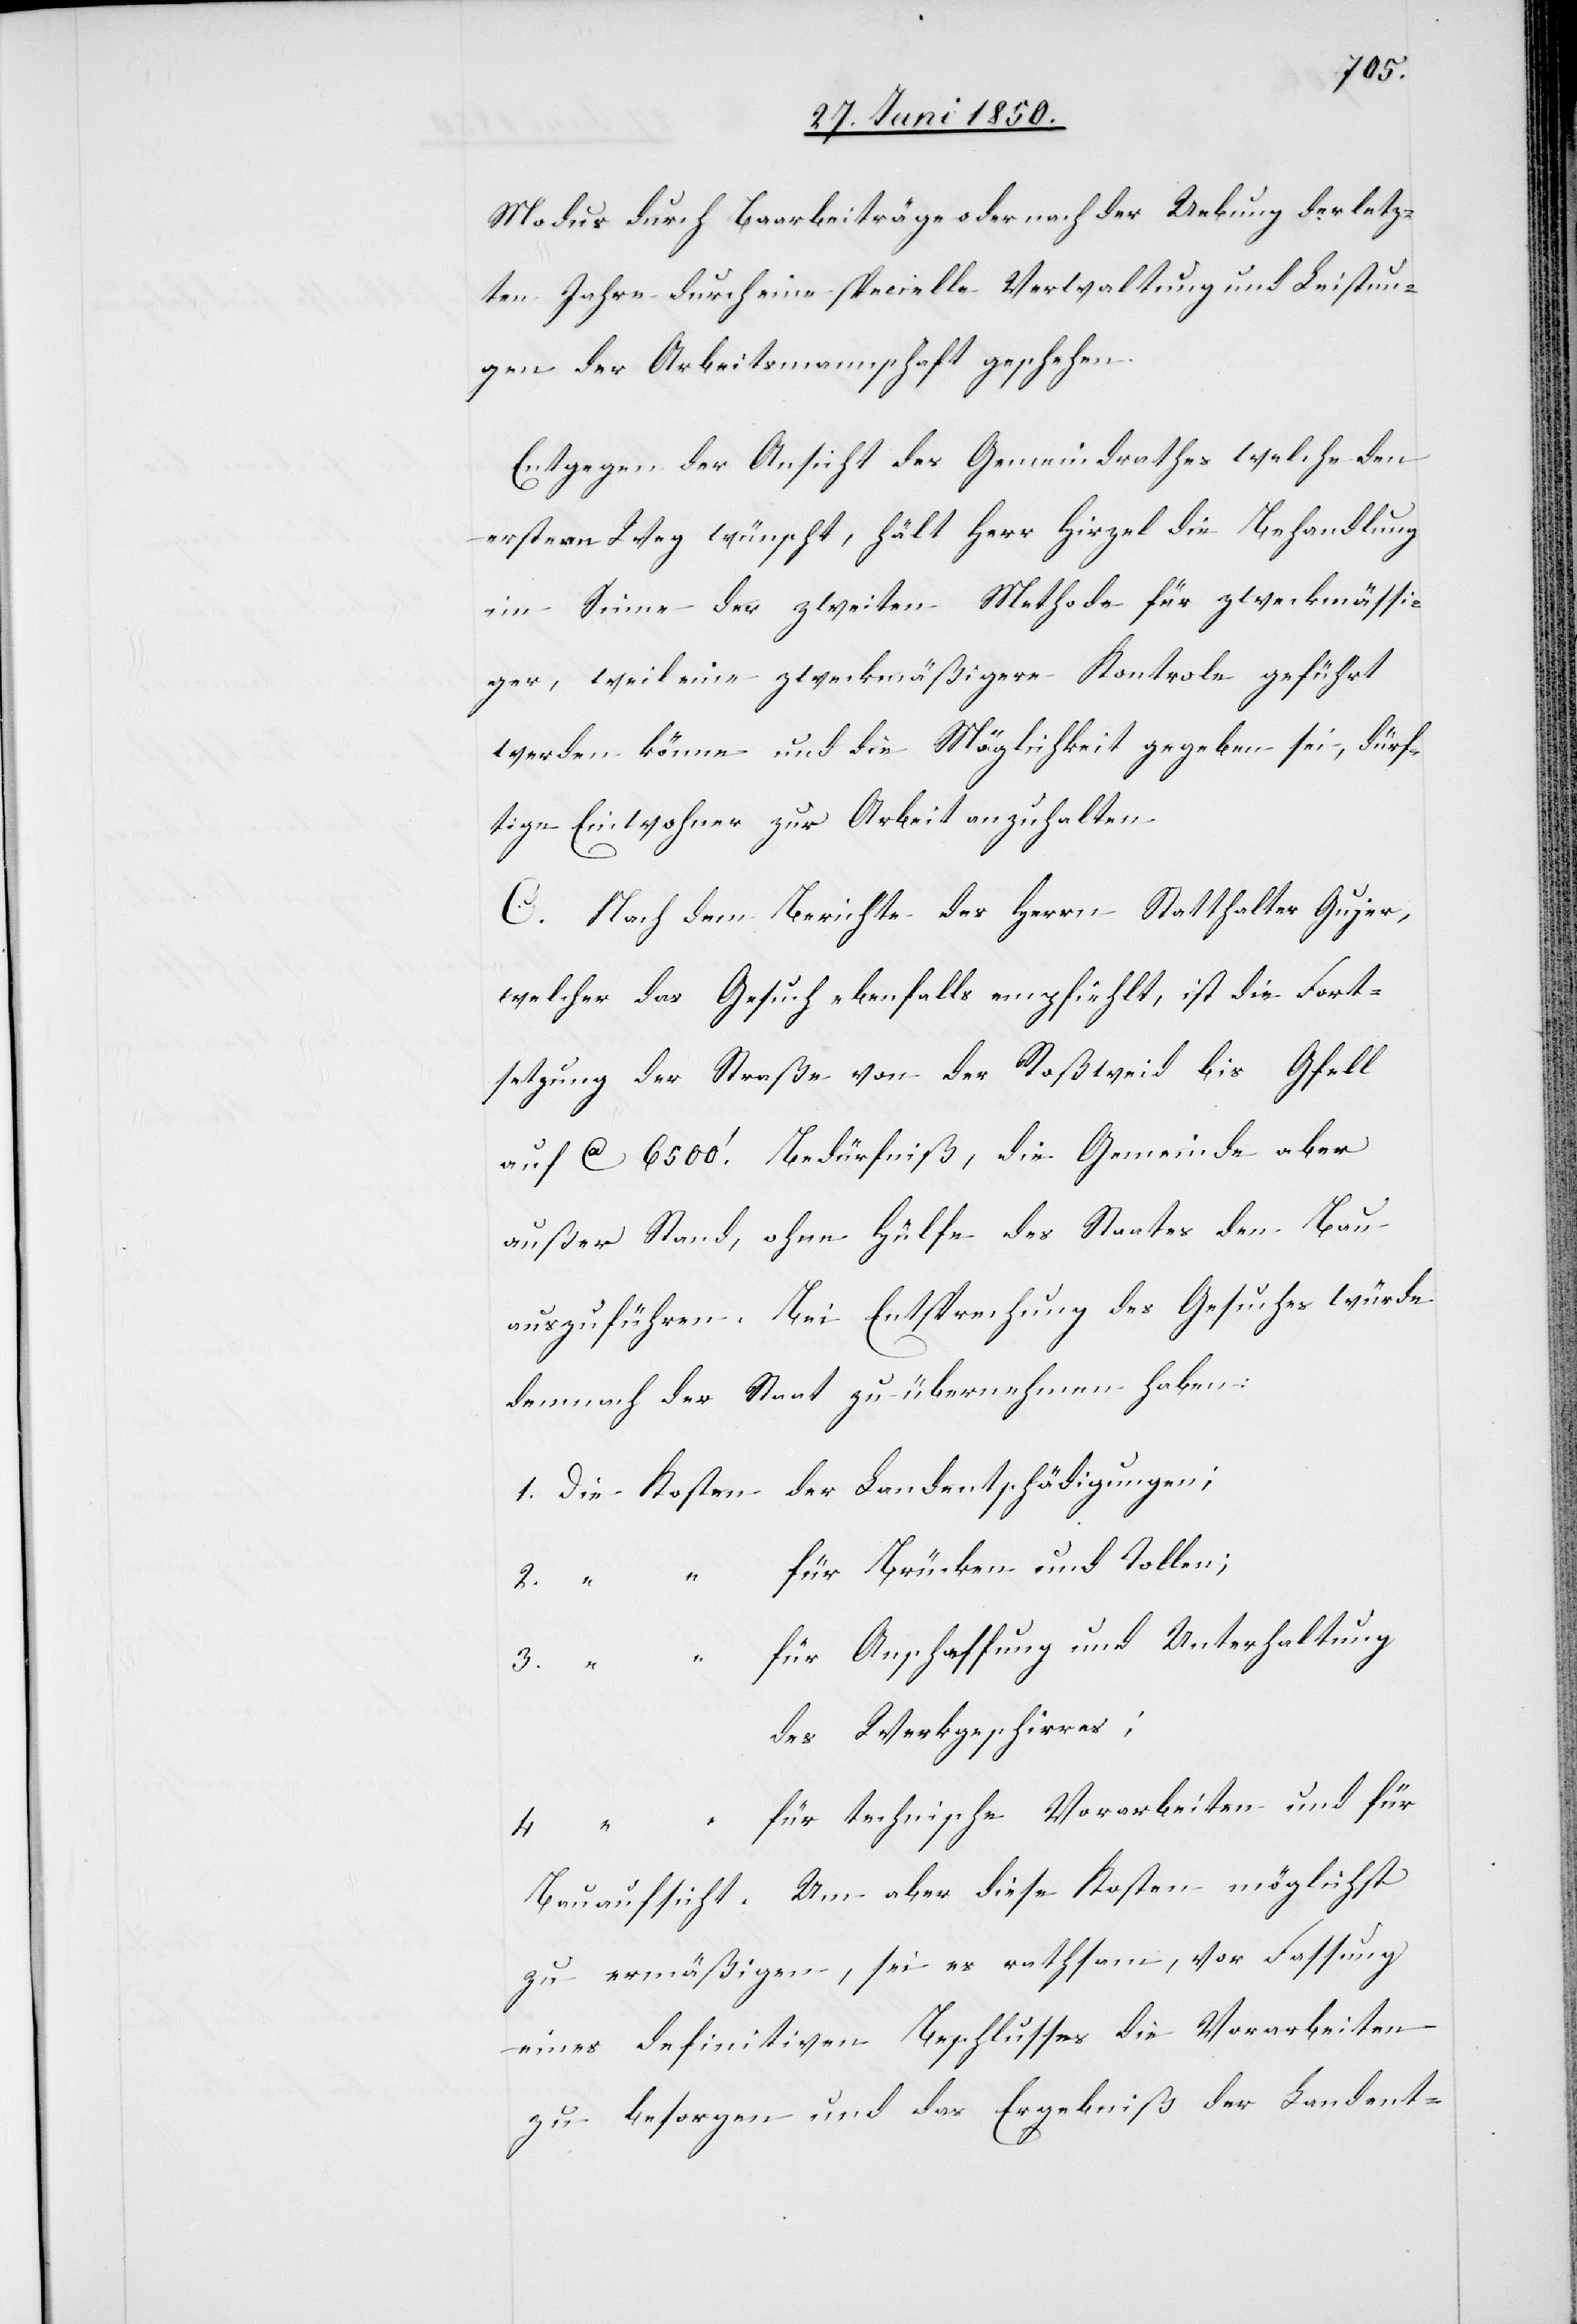
Modus durch Baarbeiträge oder nach der Uebung der letz¬
ten Jahre durch eine specielle Verwaltung und Leistun¬
gen der Arbeitsmannschaft geschehen.
Entgegen der Ansicht des Gemeindrathes welche den
erstern Weg wünscht, hält Herr Hirzel die Behandlung
im Sinne der zweiten Methode für zweckmässi¬
ger, weil eine zweckmäßigere Kontrole geführt
werden könne und die Möglichkeit gegeben sei, dürf¬
tige Einwohner zur Arbeit anzuhalten.
C. Nach dem Berichte des Herrn Statthalter Gujer,
welcher das Gesuch ebenfalls empfiehlt, ist die Fort¬
setzung der Straße von der Roßweid bis Gfell
auf Ca 6500‘. Bedürfniß, die Gemeinde aber
außer Stand, ohne Hülfe des Staates den Bau
auszuführen. Bei Entsprechung des Gesuches würde
demnach der Staat zu übernehmen haben:
1. Die Kosten der Landentschädigungen;
2. “ “ für Brücken und Tollen;
“ für Anschaffung und Unterhaltung
des Werkgeschirres;
4 “ “ für technische Vorarbeiten und für
zu ermäßigen, sei es rathsam, vor Fassung
eines definitiven Beschlusses die Vorarbeiten
zu besorgen und das Ergebniß der Landent-